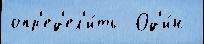
опр'ед'ел'и́ть  Од'и́н